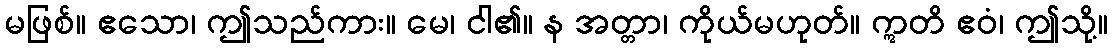
မဖြစ်။ ဧသော၊ ဤသည်ကား။ မေ၊ ငါ၏။ န အတ္တာ၊ ကိုယ်မဟုတ်။ ဣတိ ဧဝံ၊ ဤသို့။